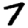
Digit: 7